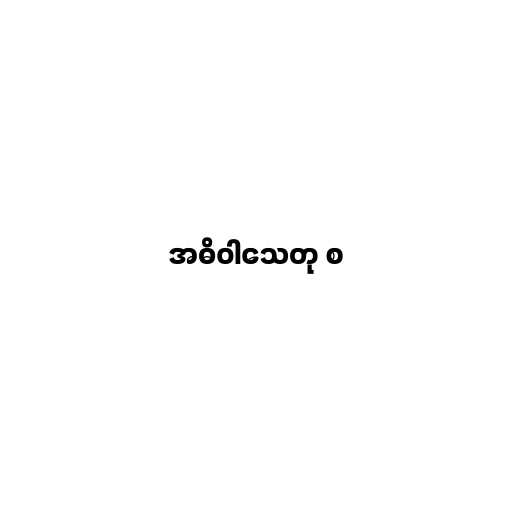
အဓိဝါသေတု စ